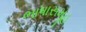
ભાષાસમૂહ